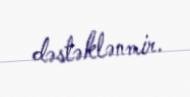
dəstəklənmir.